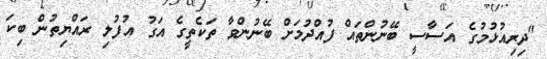
"ދިރިއުޅުމުގެ އަސާސީ ބޭނުންތައް ފުއްދުމަށް ބޭނުންވާ ތަކެތީގެ އަގު އުފުލި ރައްޔިތުން ބިކަ